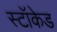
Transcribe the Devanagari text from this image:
स्टॉकेड